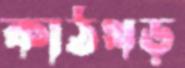
কাঠখড়